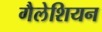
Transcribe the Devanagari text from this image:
गैलेशियन